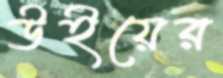
উইয়ের